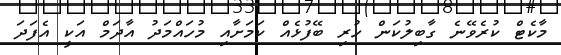
މާކެޓް ކުރެވޭނެ ގާބިލުކަން ހުރި ބޭފުޅެއް ކަމަށާއި މުހައްމަދު އާދަމް އަކީ އެފަދަ